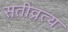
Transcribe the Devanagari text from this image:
सतीव्रत्य